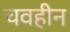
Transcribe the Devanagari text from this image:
चवहीन